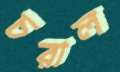
চরাল